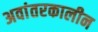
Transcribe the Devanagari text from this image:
अवांतरकालीन